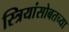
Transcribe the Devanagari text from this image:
स्त्रियांसोबतच्या